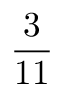
\frac { 3 } { 1 1 }